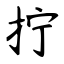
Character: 拧